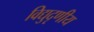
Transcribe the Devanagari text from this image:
विद्युदृणीय